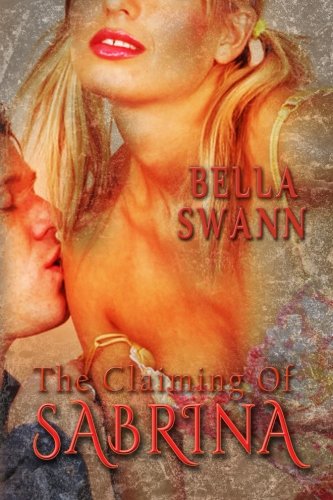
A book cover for The Claiming of Sabrina (Submissive Mermaids of Avalon in Erotic Captivity) (Volume 1); Bella Swann; Romance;